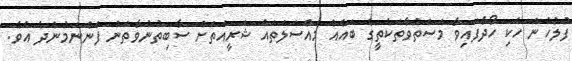
ފުލުހުން ހެކި ހޯދާފައިވާ މަސްތުވާތަކެތީގެ ބައެއް މައްސަލަތައް ޝަރީއަތަށް ސާބިތުނުވާތަން ފެންނަމުންދެ އެވެ.